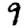
Digit: 9